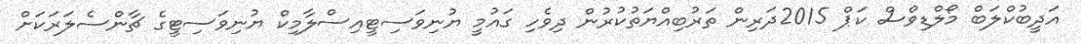
އަދީބުކްލަބް މޯލްޑިވްސް ކަޕް 2015ދަރިން ތަރުބިއްޔަތުކުރުން ދިވެހި ގައުމީ ޔުނިވަސިޓީއިސްލާމިކް ޔުނިވަސިޓީގެ ޗާންސެލަރަަކަށް